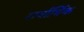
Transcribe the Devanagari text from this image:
सर्वार्थिक